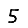
Digit: 5